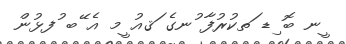
ީނ ބޮ ިޑ ަތކުރުފާ ުނގެ ަޤއު ީމ އެ ޭބ ުފޅުން